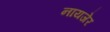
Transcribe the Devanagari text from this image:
नायजेर